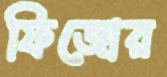
ফিজোর